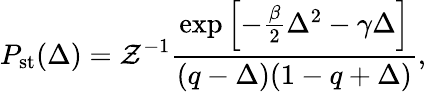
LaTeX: P_{\mathrm{st}}(\Delta)=\mathcal{Z}^{-1}\frac{\mathrm{exp}\left[-\frac{\beta}{2}\Delta^{2}-\gamma\Delta\right]}{(q-\Delta)(1-q+\Delta)},